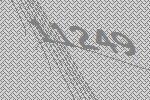
11249